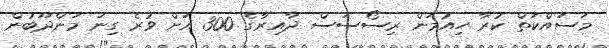
މަސައްކަތް ކުރާ ހިއުމަން ރިސޯސަސް ދާއިރާގެ 300 އަށް ވުރެ ގިނަ މަންދޫބުން